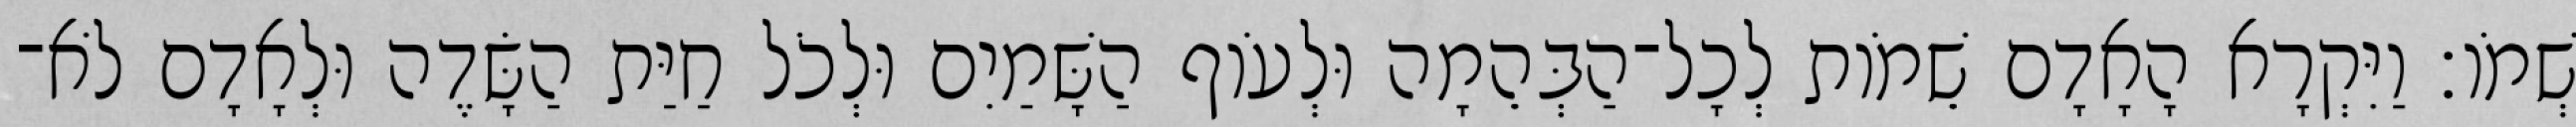
שְׁמֹו׃ וַיִּקְרָא הָאָדָם שֵׁמֹות לְכָל־הַבְּהֵמָה וּלְעֹוף הַשָּׁמַיִם וּלְכֹל חַיַּת הַשָּׂדֶה וּלְאָדָם לֹא־